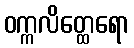
ဝက္ကလိတ္ထေရော